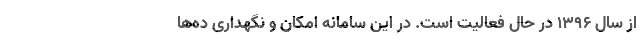
از سال ۱۳۹۶ در حال فعالیت است. در این سامانه امکان و نگهداری ده‌ها